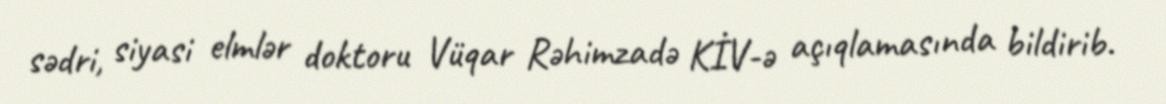
sədri, siyasi elmlər doktoru Vüqar Rəhimzadə KİV-ə açıqlamasında bildirib.